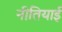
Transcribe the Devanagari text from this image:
नीतियाई